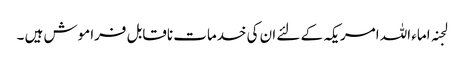
لجنہ اماء اللہ امریکہ کے لئے ان کی خدمات ناقابل فراموش ہیں ۔